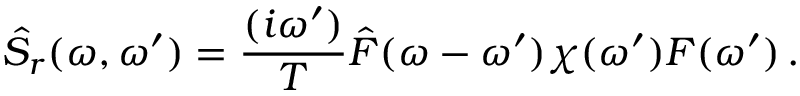
\hat { S } _ { r } ( \omega , \omega ^ { \prime } ) = \frac { ( i \omega ^ { \prime } ) } { T } \hat { F } ( \omega - \omega ^ { \prime } ) \chi ( \omega ^ { \prime } ) F ( \omega ^ { \prime } ) \, .